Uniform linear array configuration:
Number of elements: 24
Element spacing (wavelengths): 0.5
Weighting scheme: exponential
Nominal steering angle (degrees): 0
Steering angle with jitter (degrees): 0.1975
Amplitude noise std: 0.05
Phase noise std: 0.05

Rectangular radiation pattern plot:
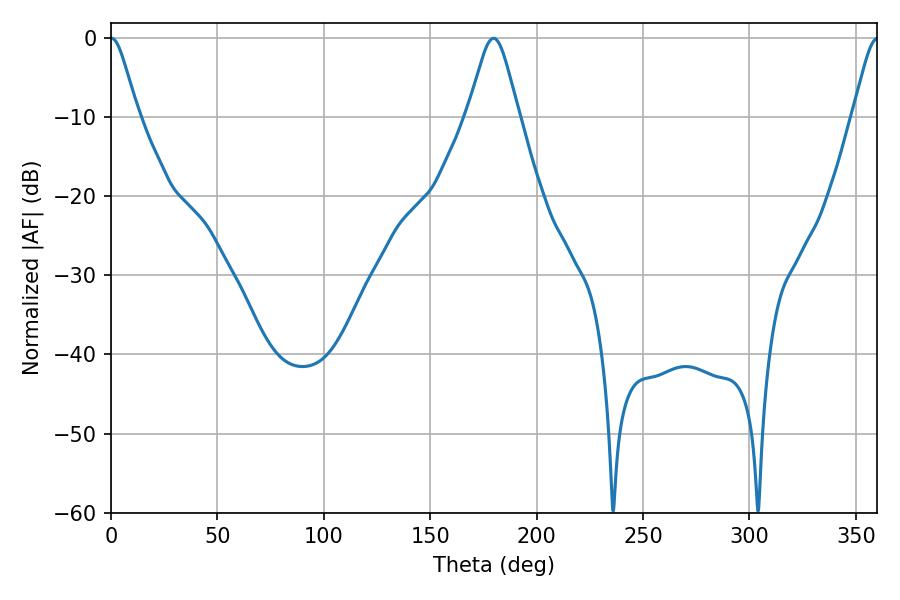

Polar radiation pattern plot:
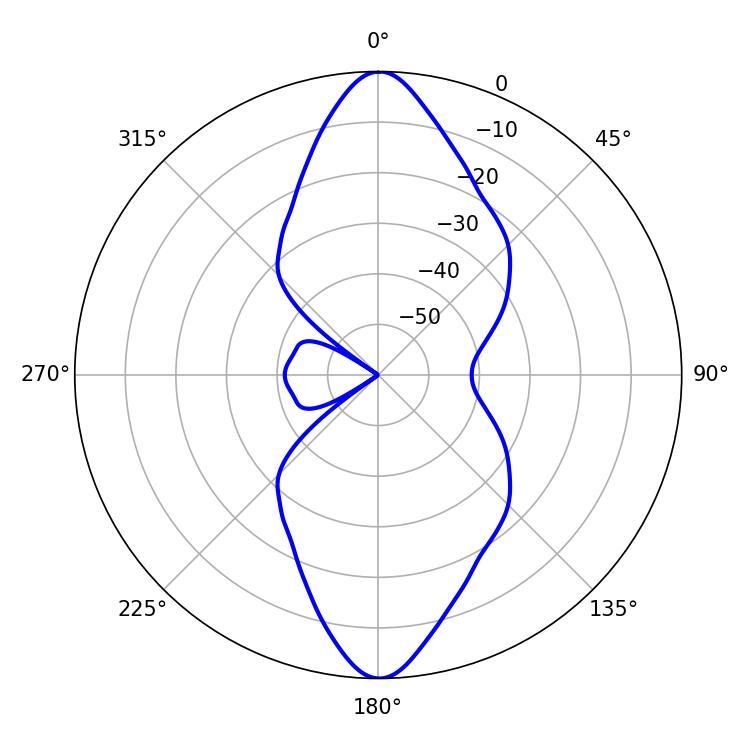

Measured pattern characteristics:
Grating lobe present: FALSE
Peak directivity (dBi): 23.368
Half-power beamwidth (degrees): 6.12
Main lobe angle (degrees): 0.18